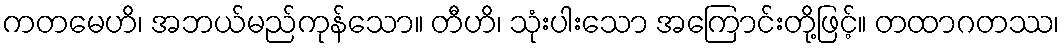
ကတမေဟိ၊ အဘယ်မည်ကုန်သော။ တီဟိ၊ သုံးပါးသော အကြောင်းတို့ဖြင့်။ တထာဂတဿ၊